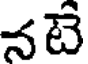
నటే